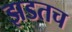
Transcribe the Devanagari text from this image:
झडतच